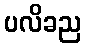
ပလိခည